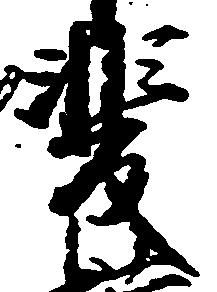
斐